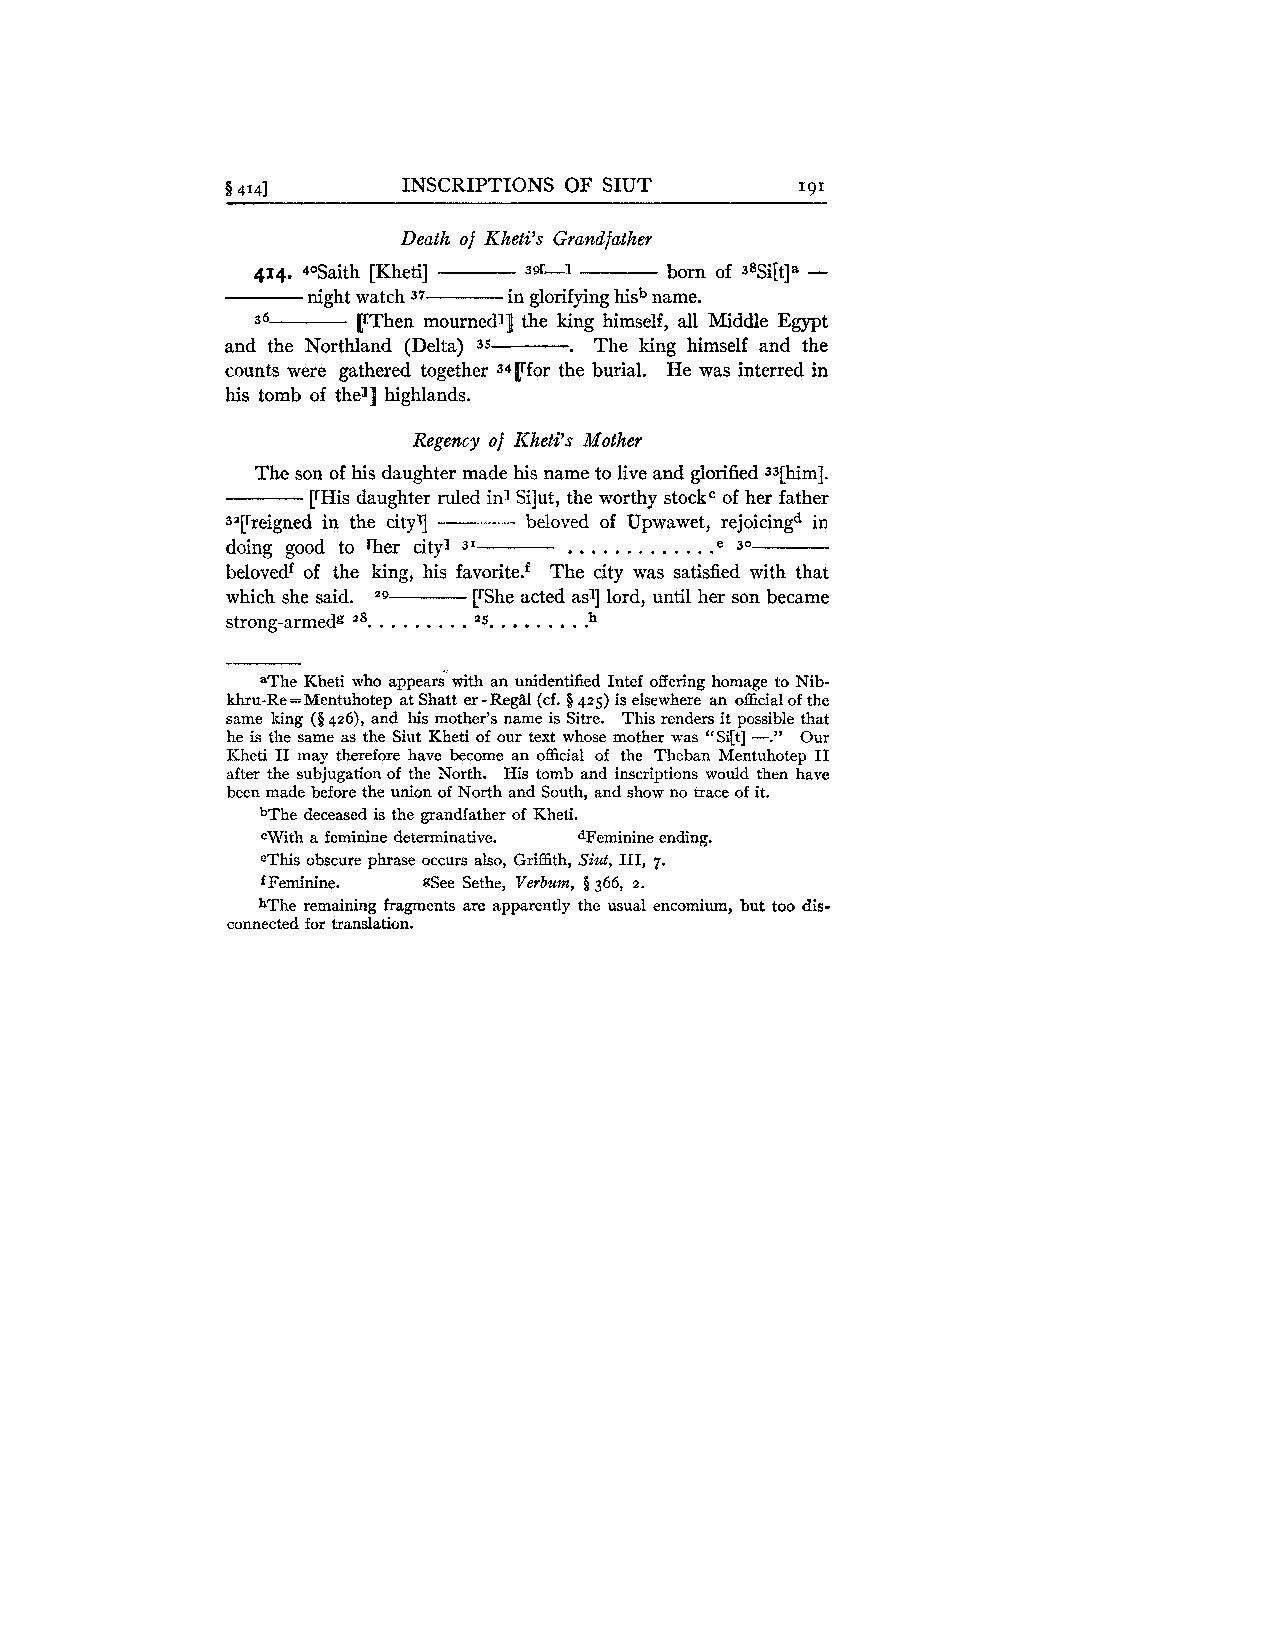
$4141       INSCRIPTIONS OF SIUT      191
 Death of Kheti's Grandfather
 -
 414. 40Saith [Kheti] 3 9r-i born of S8Si[t]a
 night watch 37 in glorifying hisb name.
 36     &rThen mournedl] the king himself, all Middle Egypt
 .
 and the Northland (Delta) 35 The king himself and the
 counts were gathered together 34Lrfor the burial. He was interred in
 his tomb of the11 highlands.
 Regency of Kheti's Mother
 The son of his daughter made his name to live and glorified 33[him].
 [rHis daughter ruled in] Silut, the worthy stockCo f her father
 sa[rreigned in the city'] beloved of Upwawet, rejoicingd in
 .............
 doing good to rher city1 3'     e 30
 belovedf of the king, his fa~orite.~T he city was satisfied with that
 which she said. [%he acted asy lord, until her son became
 "9
 ........ ........
 strong-armedg 28. *5.   h
 aThe Kheti who appear: with an unidentified Intef offering homage to Nib-
 -
 khru-Re =Mentuhotep at Shatt er Regal (cf. § 425) is elsewhere an official of the
 same king ($426), and his mother's name is Sitre. This renders it possible that
 -."
 he is the same as the Siut Kheti of our text whose mother was "Si[t] Our
 Kheti I1 may therefore have become an official of the Theban Mentuhotep I1
 after the subjugation of the North. His tomb and inscriptions would then have
 been made before the union of North and South, and show no trace of it.
 bThe deceased is the grandfather of Kheti.
 cWith a feminine determinative. dFeminine ending.
 eThis obscure phrase occurs also, Griffith, Siut, 111, 7.
 Feminine. gSee Sethe, Verburn, $ 366, 2.
 f
 hThe remaining fragments are apparently the usual encomium, but too dis-
 connected for translation.